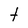
Character: t